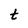
Character: t